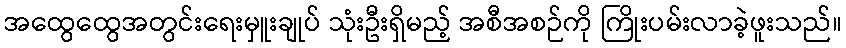
အထွေထွေအတွင်းရေးမှူးချုပ် သုံးဦးရှိမည့် အစီအစဉ်ကို ကြိုးပမ်းလာခဲ့ဖူးသည်။